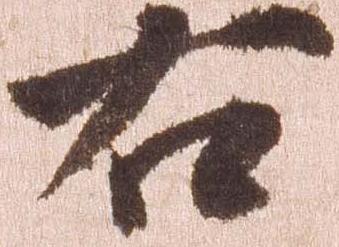
右